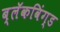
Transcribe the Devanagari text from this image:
ब्लॅकविंग्ड